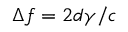
\Delta f = 2 d \gamma / c